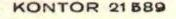
KONTOR 21 589